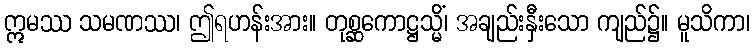
ဣမဿ သမဏဿ၊ ဤရဟန်းအား။ တုစ္ဆကောဋ္ဌသ္မိံ၊ အချည်းနှီးသော ကျည်၌။ မူသိကာ၊